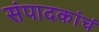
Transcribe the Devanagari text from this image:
संपादकांचं